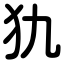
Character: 犰